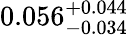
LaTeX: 0.056_{-0.034}^{+0.044}